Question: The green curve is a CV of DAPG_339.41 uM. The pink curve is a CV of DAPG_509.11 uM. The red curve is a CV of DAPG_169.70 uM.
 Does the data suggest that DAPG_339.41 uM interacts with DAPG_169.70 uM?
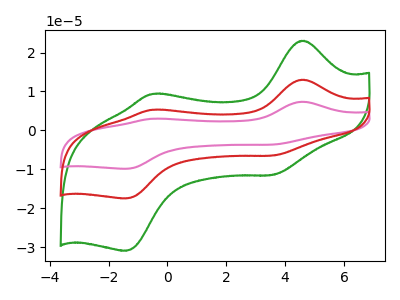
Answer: <think>The green curve "DAPG_339.41 uM" has anodic peaks at (4.65V, 23.05uA) (-0.50V, 9.40uA) and cathodic peaks at (3.55V, -11.45uA) (-1.40V, -30.95uA). The pink curve "DAPG_509.11 uM" has anodic peaks at (4.65V, 26.05uA) (-0.50V, 10.60uA) and cathodic peaks at (3.55V, -12.95uA) (-1.40V, -34.95uA). The red curve "DAPG_169.70 uM" has anodic peaks at (4.65V, 13.00uA) (-0.50V, 5.30uA) and cathodic peaks at (3.55V, -6.45uA) (-1.40V, -17.45uA).
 All the peaks in "DAPG_339.41 uM" have a peak in "DAPG_169.70 uM" at the same potential. Every peak in "DAPG_339.41 uM" is higher than every peak in "DAPG_169.70 uM".</think>
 <answer>No, "DAPG_339.41 uM" and "DAPG_169.70 uM" don't appear to be significantly different in shape</answer>
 <eval>no_change</eval>